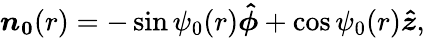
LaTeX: \boldsymbol{n_{0}}(r)=-\sin\psi_{0}(r)\boldsymbol{\hat{\phi}}+\cos\psi_{0}(r)\boldsymbol{\hat{z}},